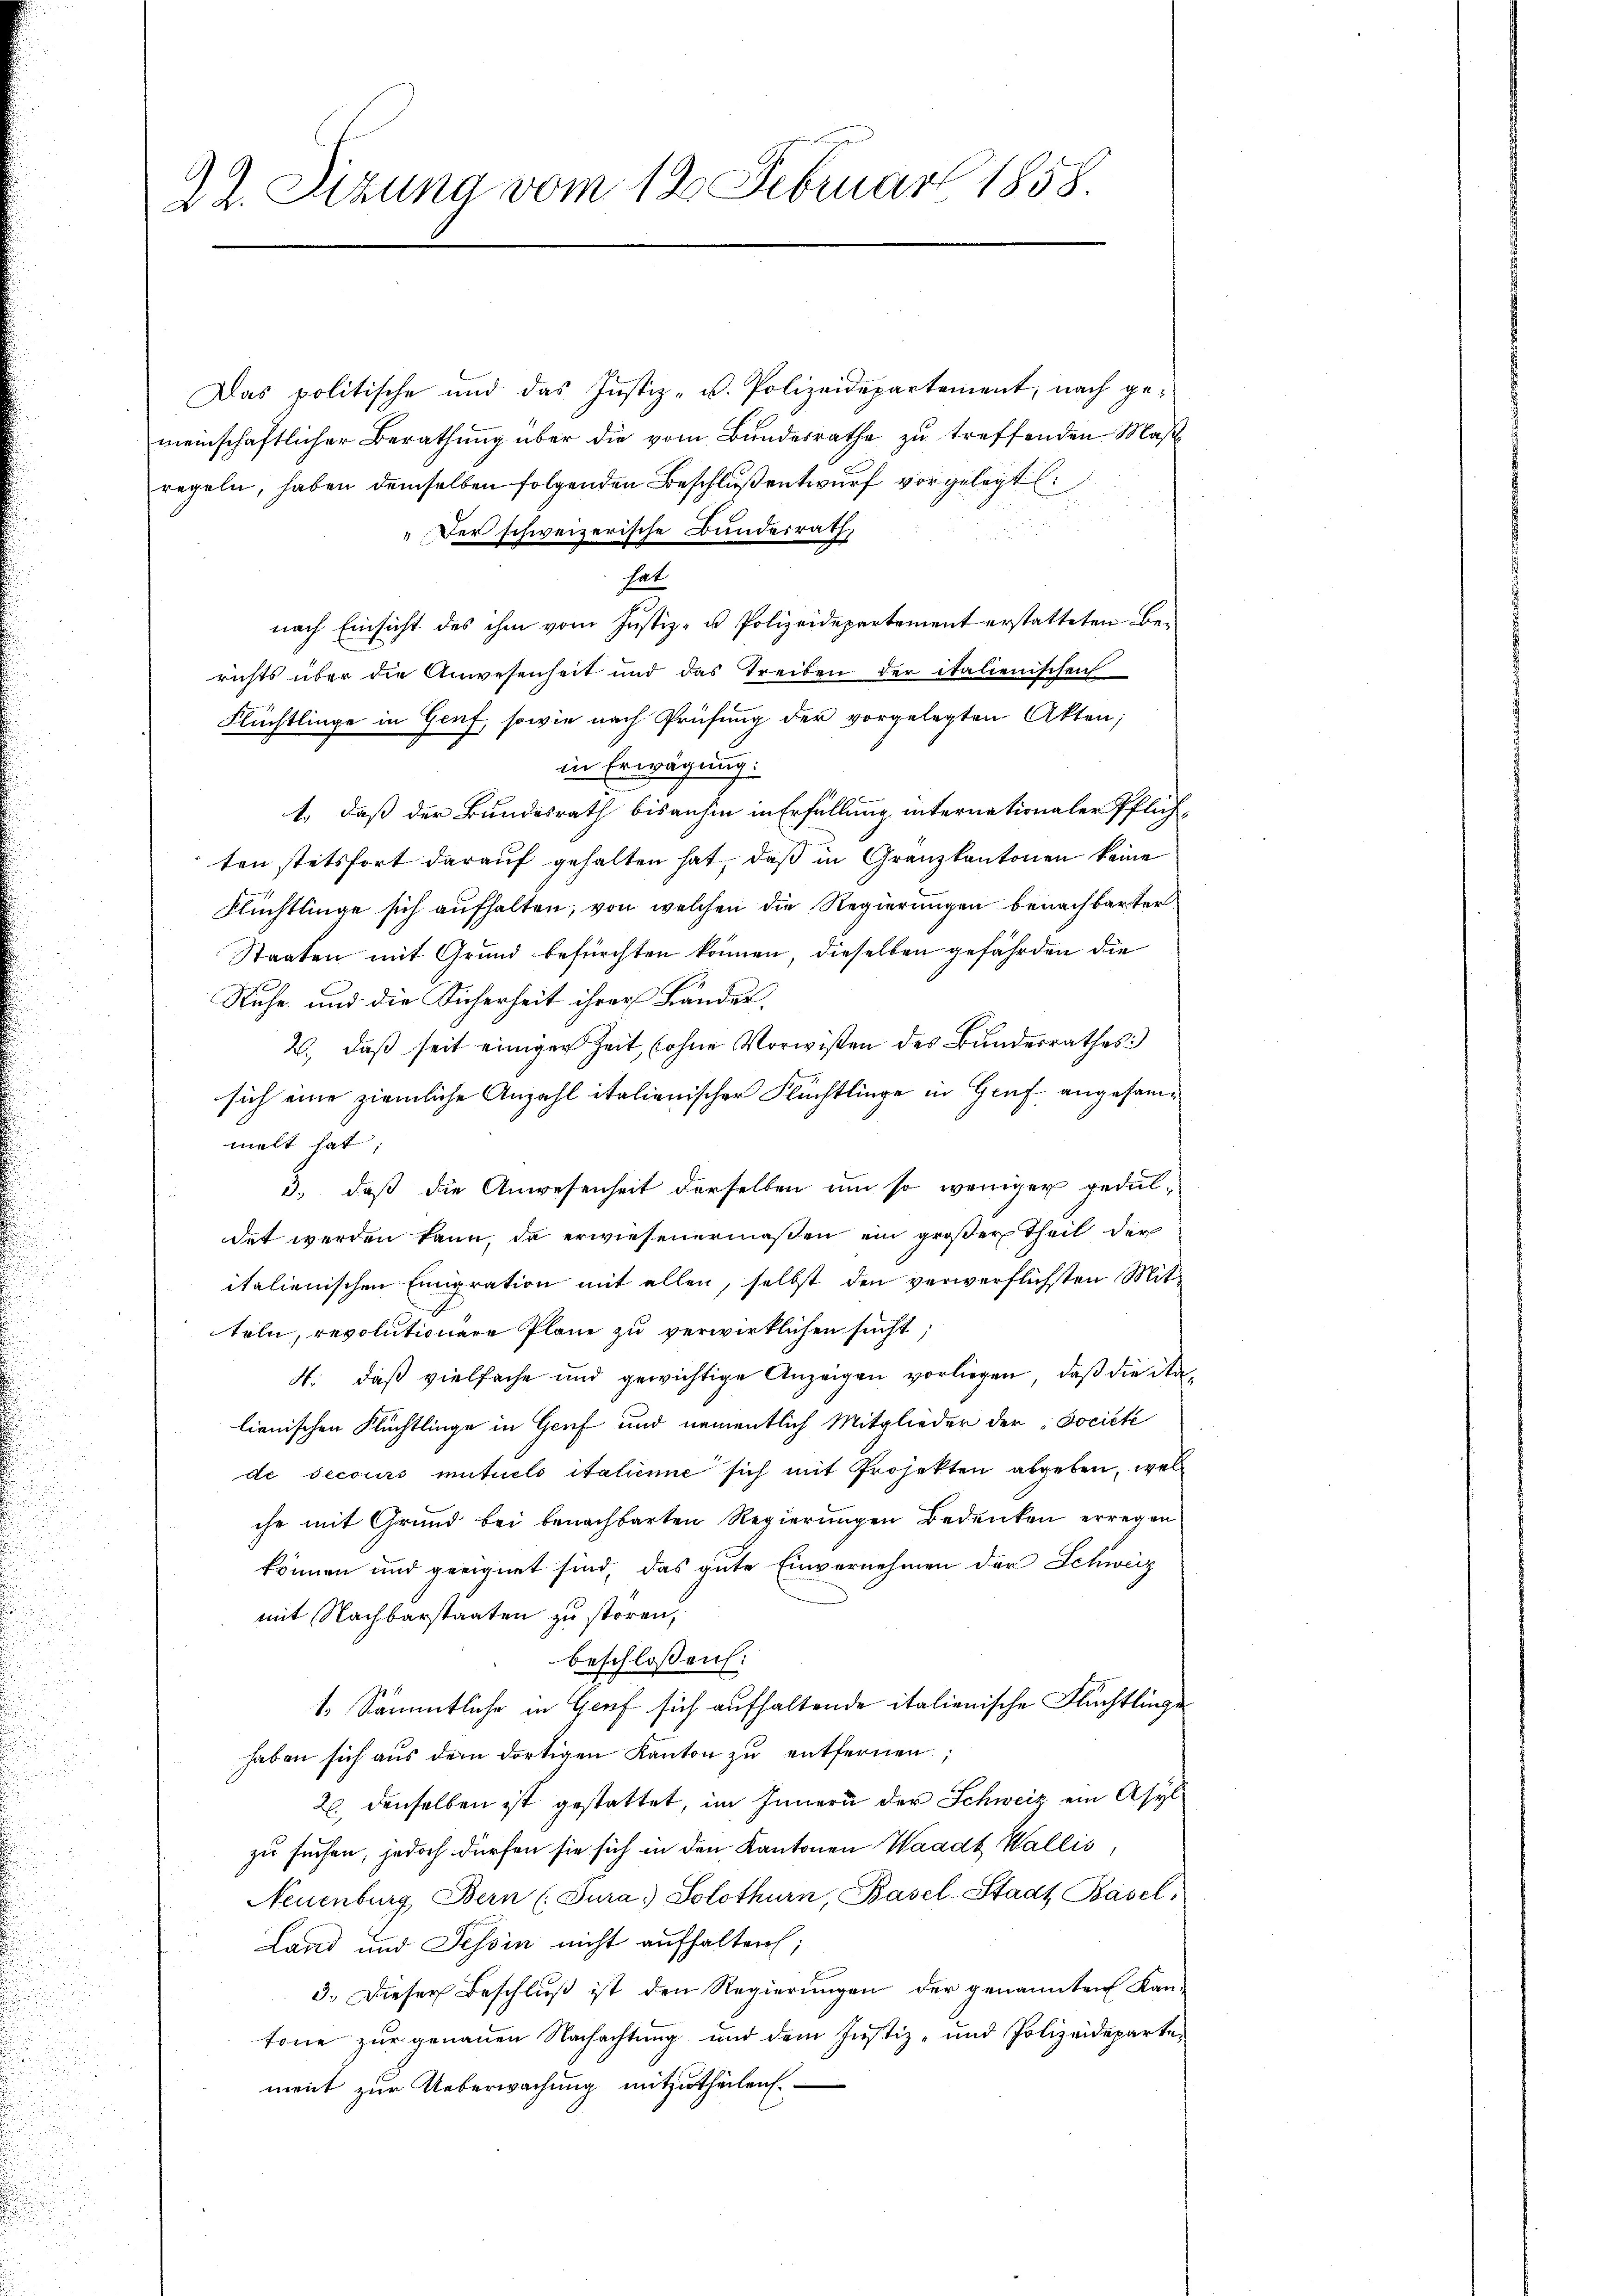
22. Sizung vom 12. Februar 1858

Das politische und das Justiz- u. Polizeidepartement, nach ge-
meinschaftlicher Berathung über die vom Bundesrathe zu treffenden Maß
regeln, haben demselben folgenden Beschluß entwurf vorgelegt
" Der schweizerische Bundesrath
hat
nach Einsicht des ihm vom Justiz- u Polizeidepartement erstatteten Berichts über die Anwesenheit und das Treiben der italienischen
Flüchtlinge in Genf, sowie nach Prüfung der vorgelegten Akten;
in Erwägung:
1., daß der Bundesrath bisanhin in Erfüllung internationaler Pflich-
ten stetsfort darauf gehalten hat, daß in Granzkantonen keine
Flüchtlinge sich aufhalten, von welchen die Regierungen benachbarter¬
Staaten mit Grund befürchten können, dieselben gefährden die
Ruhe und die Sicherheit ihrer Bänder,
2., daß seit einiger Zeit (ohne Vorwißen des Bundesrathes:
sich eine ziemliche Anzahl italienischer Flüchtlinge in Genf angesammelt hat:
3. daß die Anwesenheit derselben um so weniger geduldet werden kann, da erwiesenermaßen ein großer Theil der
italienischen Emigration mit allen, selbst den verwerflichsten Mit-
teln, revolutionare Pläne zu verwirklichen sucht,
4: daß vielfache und gewichtige Anzeigen vorliegen, daß die Stalienischen Flüchtlinge in Genf und namentlich Mitglieder der Societe
de secours mutuels italienne sich mit Projekten abgeben, wel
che mit Grund bei benachbarten Regierungen Bedenken erregen
können und geeignet sind, das gute Einvernehmen der Schweiz
mit Nachbarstaaten zu stören,
beschlossen:
1.) Sämmtliche in Genf sich aufhaltende italienische Flüchtlinge
haben sich aus dem dortigen Kanton zu entfernen
2. denselben ist gestattet, im Innern der Schweiz ein Asyl
zu suchen, jedoch dürfen sie sich in den Kantonen Waadt Wallis,
Neuenburg Bern (Tura. Solothurn, Basel-Stadt Basel,
Land und Tessin nicht aufhalten;
3. Dieser Beschluß ist den Regierungen der genannten Kantone zur genauen Nachachtung und dem Justiz- und Polizeidepartement zur Ueberwachung mitzutheilen